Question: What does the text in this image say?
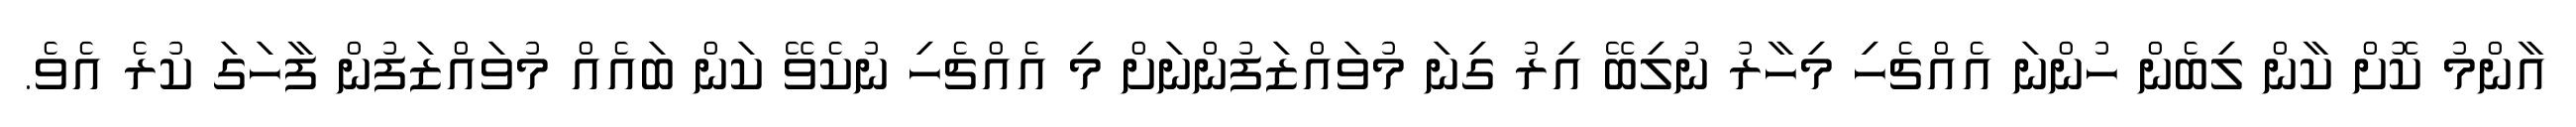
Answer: އާންމު ކޮށް ކާން ލިބެން ހުންނަ އެއްޗެހި މިހާރު ނުލިބޭ އިރު ގިނަ މުވައްޒަފުންނަށް މި އެއްޗެހި ނުކެވޭ ކަން ބައެއް މުވައްޒަފުން ފާހަގަ ކުރެ އެވެ.